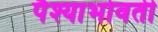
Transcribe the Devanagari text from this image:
पैश्याभोवती